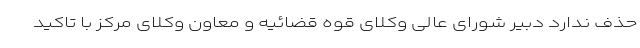
حذف ندارد دبیر شورای عالی وکلای قوه قضائیه و معاون وکلای مرکز با تاکید